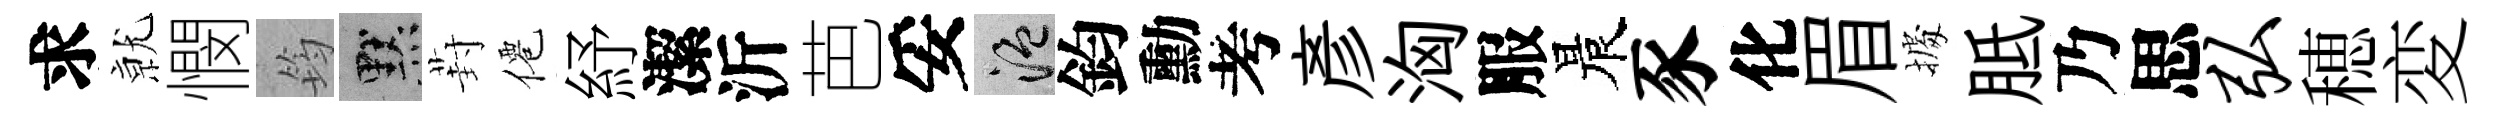
求𭕒憫筠默葑僊紓潔沂芭妥温鈞勳考彥洶服晨豕化眉𢴃胝乃思弘穂変